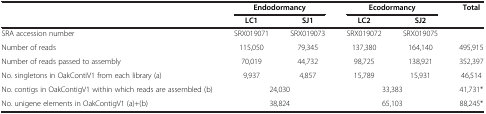
<table><thead><tr><td><b> </b></td><td colspan="2"><b>Endodormancy</b></td><td colspan="2"><b>Ecodormancy</b></td><td><b>Total</b></td></tr><tr><td><b> </b></td><td><b>LC1</b></td><td><b>SJ1</b></td><td><b>LC2</b></td><td><b>SJ2</b></td><td><b> </b></td></tr></thead><tbody><tr><td>SRA accession number</td><td>SRX019071</td><td>SRX019073</td><td>SRX019072</td><td>SRX019075</td><td> </td></tr><tr><td>Number of reads</td><td>115,050</td><td>79,345</td><td>137,380</td><td>164,140</td><td>495,915</td></tr><tr><td>Number of reads passed to assembly</td><td>70,019</td><td>44,732</td><td>98,725</td><td>138,921</td><td>352,397</td></tr><tr><td>No. singletons in OakContiV1 from each library (a)</td><td>9,937</td><td>4,857</td><td>15,789</td><td>15,931</td><td>46,514</td></tr><tr><td>No. contigs in OakContigV1 within which reads are assembled (b)</td><td colspan="2">24,030</td><td colspan="2">33,383</td><td>41,731*</td></tr><tr><td>No. unigene elements in OakContigV1 (a)+(b)</td><td colspan="2">38,824</td><td colspan="2">65,103</td><td>88,245*</td></tr></tbody></table>